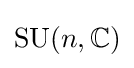
\operatorname {SU} (n,\mathbb {C} )